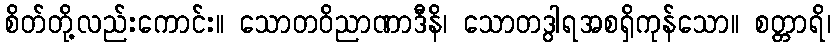
စိတ်တို့လည်းကောင်း။ သောတဝိညာဏာဒီနိ၊ သောတဒွါရအစရှိကုန်သော။ စတ္တာရိ၊